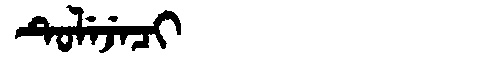
Manchu: ᡨᡠᠯᡝᠵᡝᠴᡳ
Romanization: TULEJECI